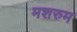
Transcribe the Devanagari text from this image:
मशरुम